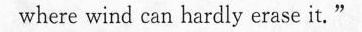
where wind can hardly erase it."